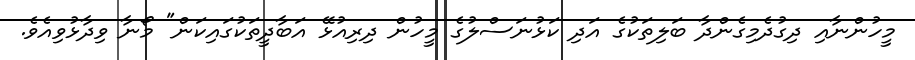
މީހުންނާއި ދިގުދެމިގެންދާ ބަލިތަކުގެ އަދި ކަޅުނަސްލުގެ މީހުން ދިރިއުޅޭ އަބާދީތަކުގައިކަން" މޯނާ ވިދާޅުވިއެވެ.